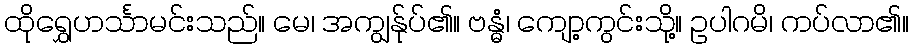
ထိုရွှေဟင်္သာမင်းသည်။ မေ၊ အကျွန်ုပ်၏။ ဗန္ဓံ၊ ကျော့ကွင်းသို့။ ဥပါဂမိ၊ ကပ်လာ၏။